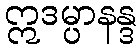
ဣဒမ္ပာနန္ဒ